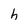
Character: h